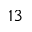
1 3